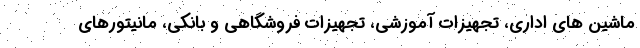
ماشین های اداری، تجهیزات آموزشی، تجهیزات فروشگاهی و بانکی، مانیتورهای